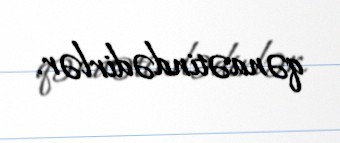
qənaətindədirlər.